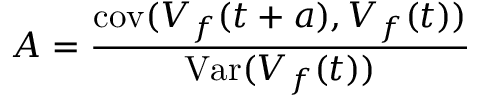
A = { \frac { \operatorname { c o v } ( V _ { f } ( t + a ) , V _ { f } ( t ) ) } { \operatorname { V a r } ( V _ { f } ( t ) ) } }